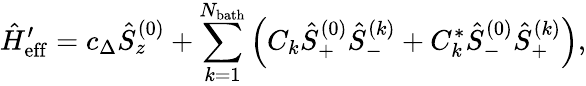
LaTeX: \hat{H}_{\mathrm{eff}}^{\prime}=c_{\Delta}\hat{S}_{z}^{(0)}+\sum_{k=1}^{N_{\mathrm{bath}}}\left(C_{k}\hat{S}_{+}^{(0)}\hat{S}_{-}^{(k)}+C_{k}^{*}\hat{S}_{-}^{(0)}\hat{S}_{+}^{(k)}\right),